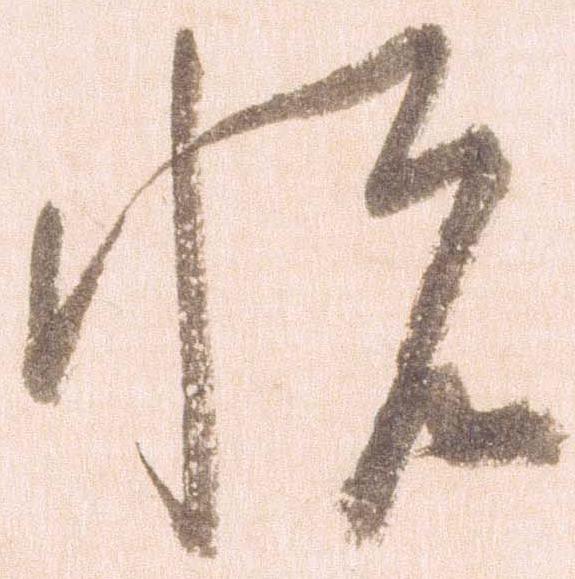
悦